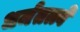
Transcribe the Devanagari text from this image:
धर्मतत्त्वे